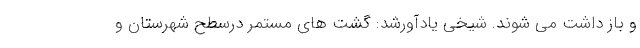
و باز داشت می شوند. شیخی یادآورشد: گشت های مستمر درسطح شهرستان و